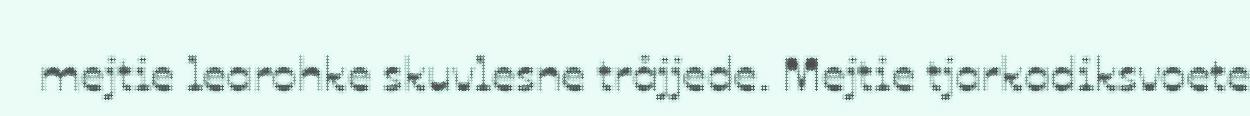
mejtie learohke skuvlesne tråjjede. Mejtie tjarkadiksvoete